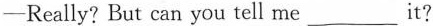
—Really? But can you tell me ___ it?